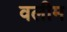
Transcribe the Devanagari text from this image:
वलीम